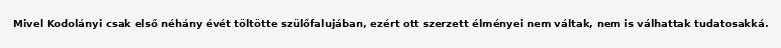
Mivel Kodolányi csak első néhány évét töltötte szülőfalujában, ezért ott szerzett élményei nem váltak, nem is válhattak tudatosakká.